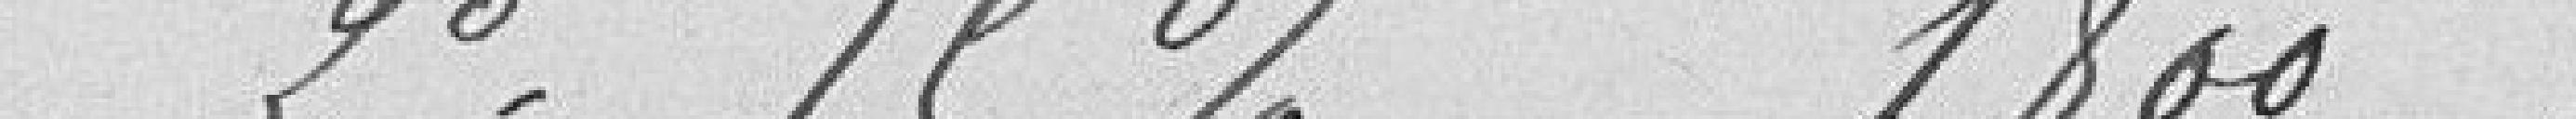
2 : 15% 1800